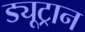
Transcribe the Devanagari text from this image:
ड्यूट्रान